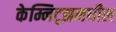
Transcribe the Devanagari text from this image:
केम्निट्झमधील